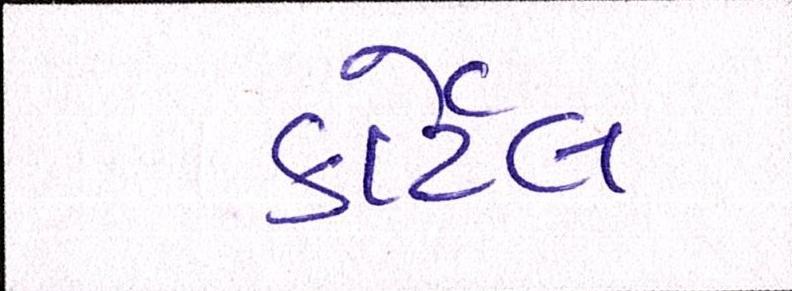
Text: કાર્ટેલ